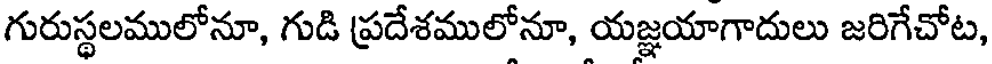
గురుస్థలములోనూ, గుడి ప్రదేశములోనూ, యజ్ఞయాగాదులు జరిగేచోట,